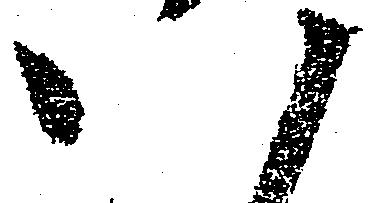
八